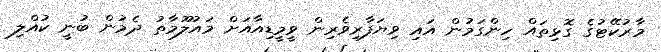
މާރުކޭޓުގެ ގޮޅިތައް ހިންގަމުން އައި ވިޔަފާރިވެރިން ވީމީޑިއާއަށް މައުލޫމާތު ދެމުން ބުނީ ކުއްލި